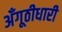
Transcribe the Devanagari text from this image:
अँगूठीधारी